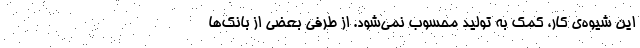
این شیوه‌ی کار، کمک به تولید محسوب نمی‌شود. از طرفی بعضی از بانک‌ها